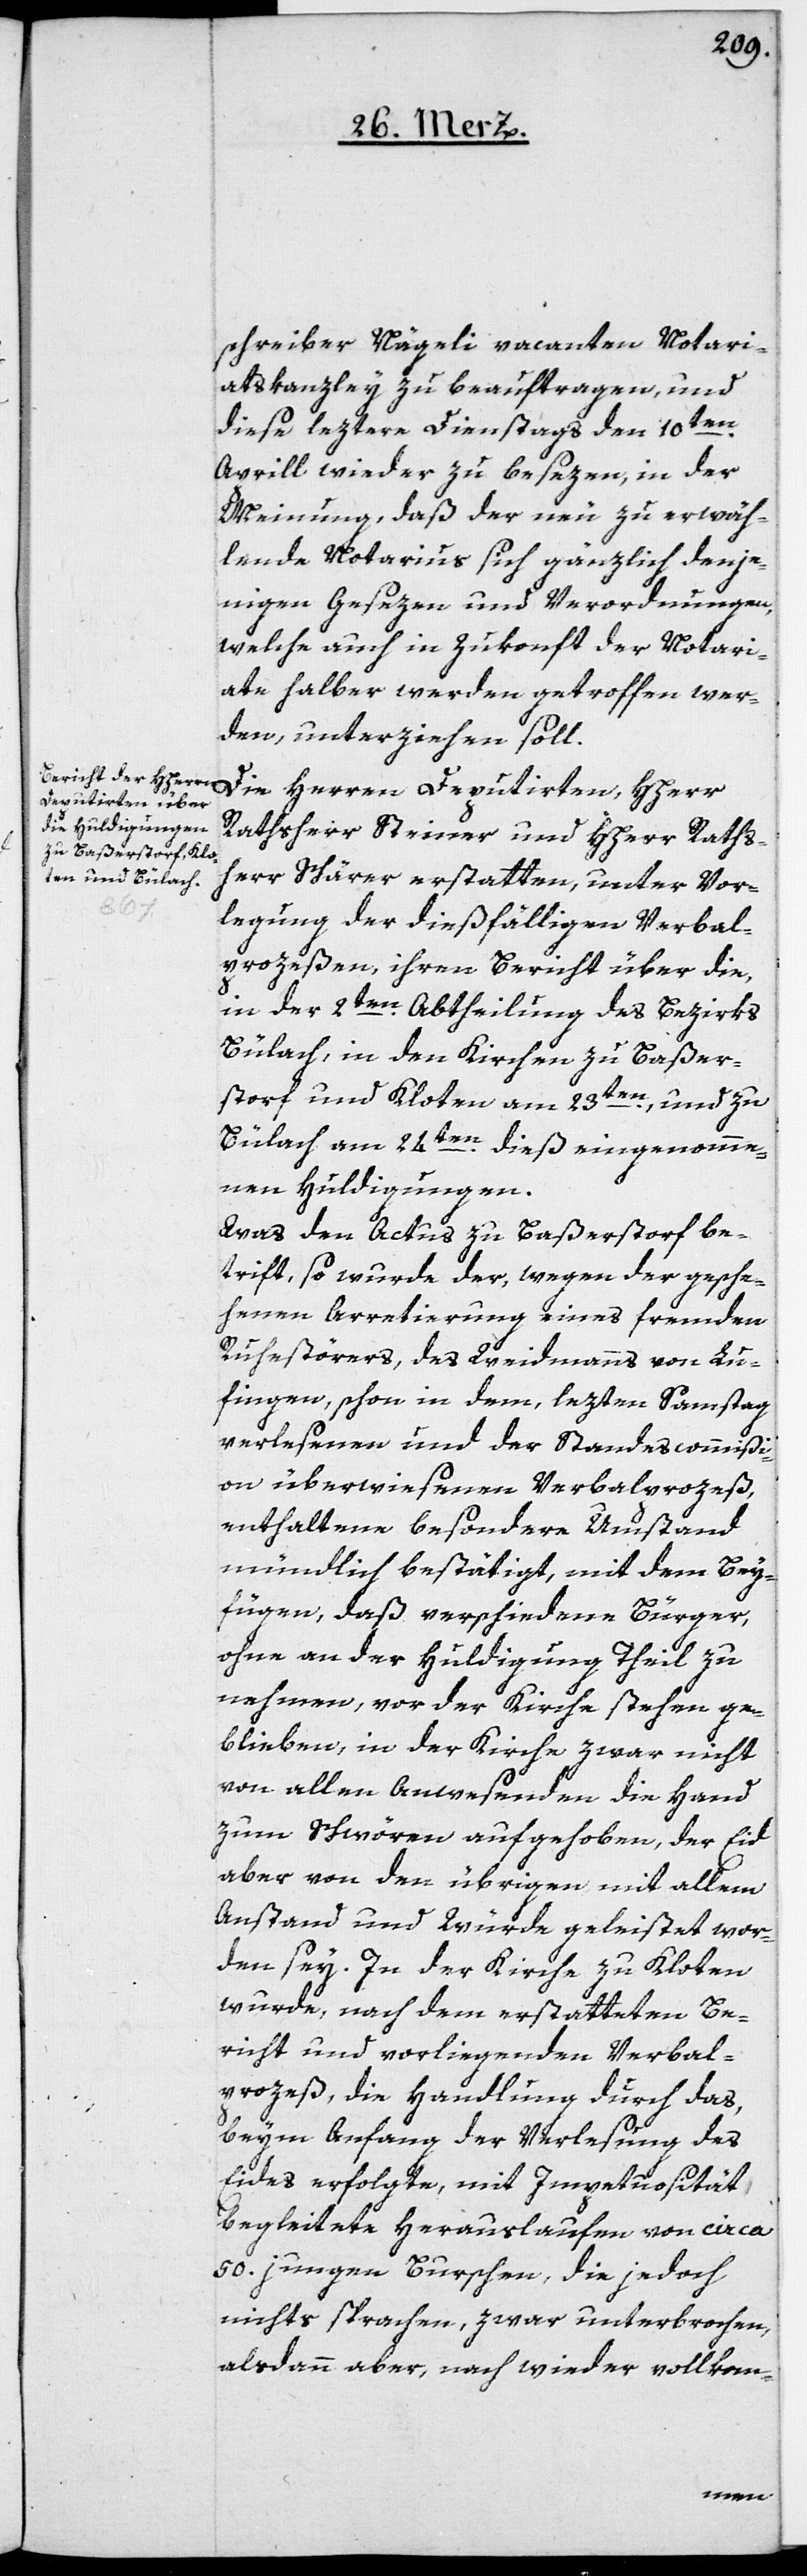
schreiber Nägeli vacanten Notari¬
atskanzley zu beauftragen, und
diese leztere Dienstags den 10ten
Aprill wieder zu besezen, in der
Meinung, daß der neu zu erwäh¬
lende Notarius sich gänzlich denje¬
nigen Gesezen und Verordnungen,
welche auch in Zukonft der Notari¬
ate halber werden getroffen wer¬
den, unterziehen soll.
Die Herren Deputirten, HHerr
Rathsherr Steiner und HHerr Raths¬
herr Schärer erstatten, unter Vor¬
legung der dießfälligen Verbal¬
prozeßen, ihren Bericht über die,
in der 2ten Abtheilung des Bezirks
Bülach, in den Kirchen zu Baßer¬
storf und Kloten am 23ten, und zu
Bülach am 24ten dieß eingenomme¬
nen Huldigungen.
Was den Actus zu Baßerstorf be¬
trift, so wurde der, wegen der gesche¬
henen Arretierung eines fremden
Ruhestörers, des Weidmanns von Lu¬
fingen, schon in dem, lezten Samstag
verlesenen und der Standescommißi¬
on überwiesenen Verbalprozeß,
enthaltene besondere Umstand
mündlich bestätigt, mit dem Bey¬
fügen, daß verschiedene Bürger,
ohne an der Huldigung Theil zu
nehmen, vor der Kirche stehen ge¬
blieben, in der Kirche zwar nicht
von allen Anwesenden die Hand
zum Schwören aufgehoben, der Eid
aber von den übrigen mit allem
Anstand und Würde geleistet wor¬
den sey. In der Kirche zu Kloten
wurde, nach dem erstatteten Be¬
richt und vorliegenden Verbal¬
prozeß, die Handlung durch das,
beym Anfang der Verlesung des
Eides erfolgte, mit Impetuosität
begleitete Herauslaufen von circa
50. jungen Burschen, die jedoch
nichts sprachen, zwar unterbrochen,
alsdann aber, nach wieder vollkom-